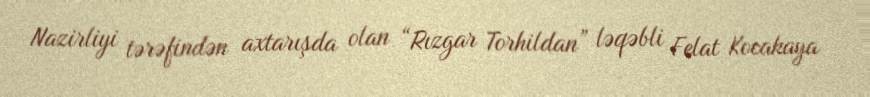
Nazirliyi tərəfindən axtarışda olan “Rızgar Torhildan” ləqəbli Felat Kocakaya